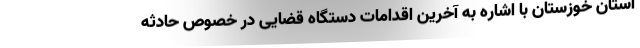
استان خوزستان با اشاره به آخرین اقدامات دستگاه قضایی در خصوص حادثه